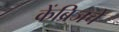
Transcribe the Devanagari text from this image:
केंब्रिजचे